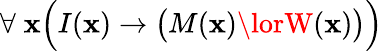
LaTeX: \forall\; \mathbf{x}{\Big(}I(\mathbf{x})\rightarrow{\big(}M(\mathbf{x})\lorW(\mathbf{x}){\big)}{\Big)}